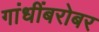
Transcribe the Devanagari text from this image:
गांधींबरोबर